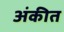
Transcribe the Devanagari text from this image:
अंकीत